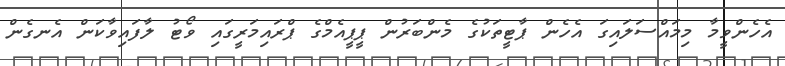
އެހެންވީމާ މިމައްސަލައިގަ އެހެން ޕާޓީތަކުގެ މެންބަރުން ޕީޕީއެމްގެ ޕްރައިމަރީގައި ވޯޓު ލާފައިވާކަން އެނގެން